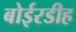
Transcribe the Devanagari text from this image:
बोईरडीह